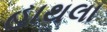
હાથલા